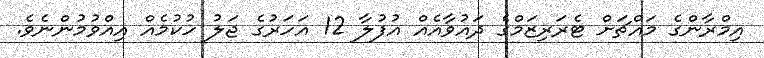
އިމްރާންގެ މައްޗަށް ޓެރަރިޒަމްގެ ދައުވާއެއް އުފުލާ 12 އަހަރުގެ ޖަލު ހުކުމެއް އިއްވުމުންނެވެ.